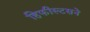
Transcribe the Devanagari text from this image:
हिफीस्टसने